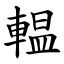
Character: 輼